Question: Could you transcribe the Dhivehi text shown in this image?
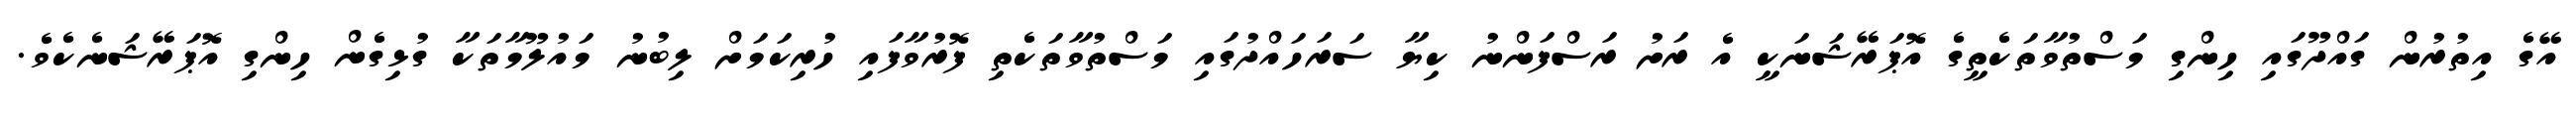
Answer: އޭގެ އިތުރުން ގައްދޫގައި ހިންގި މަސްތުވާތަކެތީގެ އޮޕަރޭޝަނަކީ އެ ރަށު ރަސްފަންނު ކިޔާ ސަރަހައްދުގައި މަސްތުވާތަކެތި ފޮރުވާފައި ހުރިކަމަށް ލިބުނު މައުލޫމާތަކާ ގުޅިގެން ހިންގި އޮޕަރޭޝަނެކެވެ.